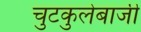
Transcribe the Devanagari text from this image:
चुटकुलेबाजी